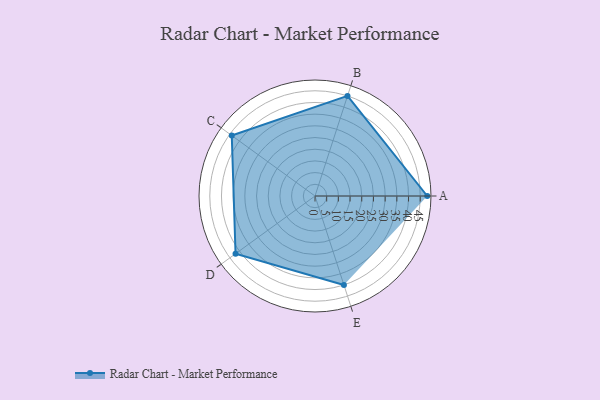
{"axis": {"x": "Skill", "y": "Score"}, "legend": ["Profile"], "data": [{"x": "A", "y": 48.0, "type": "Profile"}, {"x": "B", "y": 45.0, "type": "Profile"}, {"x": "C", "y": 44.0, "type": "Profile"}, {"x": "D", "y": 42.0, "type": "Profile"}, {"x": "E", "y": 40.0, "type": "Profile"}]}